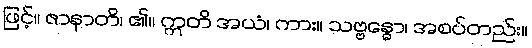
ဖြင့်။ ဇာနာတိ၊ ၏။ ဣတိ အယံ၊ ကား။ သဗ္ဗန္ဓော၊ အစပ်တည်း။